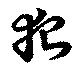
狐